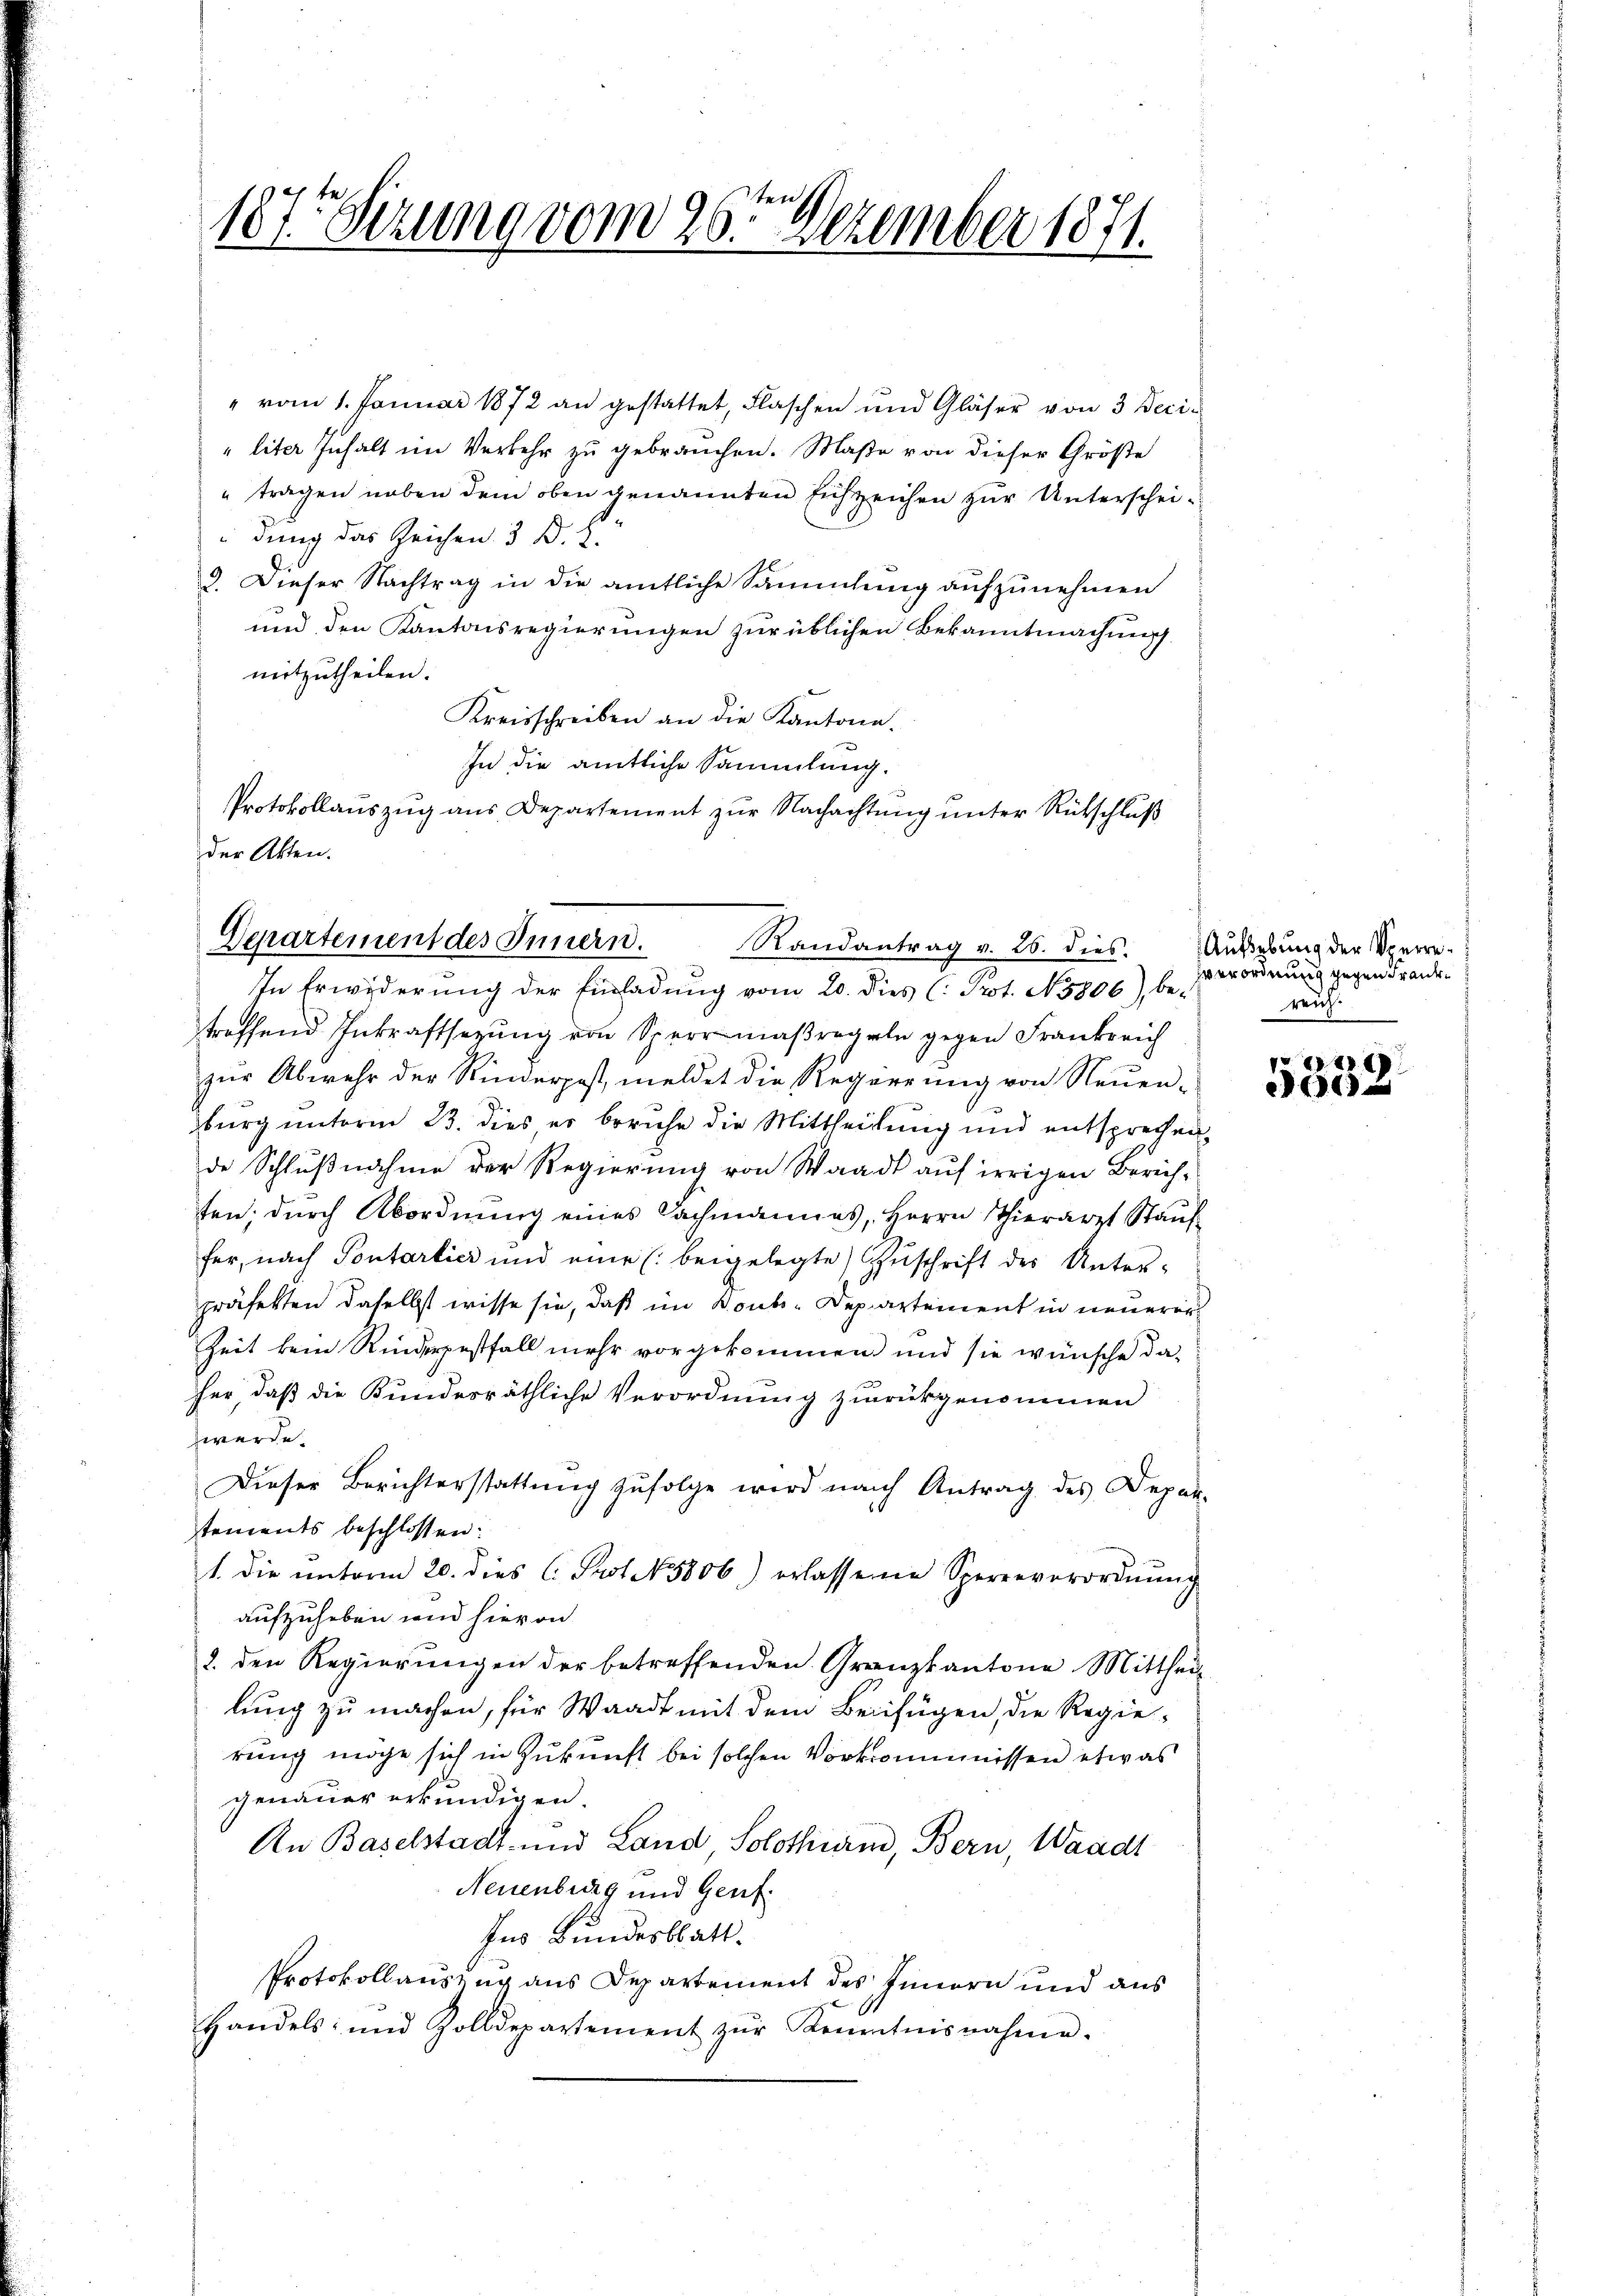
" vom 1. Januar 1872 an gestattet, Flaschen und Gläser von 3 Decis
"liter Inhalt im Verkehr zu gebrauchen. Maße von dieser Größe
" tragen neben dem oben genannten Eichzeichen zur Unterscheidung das Zeichen 3 D. R.
9. Dieser Nachtrag in die amtliche Sammlung aufzunehmen
und den Kantonsregierungen zur üblichen Bekanntmachung
mitzutheilen.
Kreisschreiben an die Kantone.
In die amtliche Sammlung.
Protokollaŭszŭg ans Departement zŭr Nachachtŭng ŭnter Rütschlŭβ
der Akten.

Departement des Innern.
Randantrag v. 26. dies.
In Erwiderung der Einladung vom 20. dies (: Prot. N. 5806), be-

nsch
187. Sezung vom 26. Dezember 1871.

treffend Inkraftsetzung von Sperrmaßregeln gegen Frankreich
zur Abwehr der Rinderpost, meldet die Regerrung von Neuen-
burg unterm 23. dies es beruhe die Mittheilung und entsprechen,
de Schlußnahme der Regierung von Waadt auf irrigen Zürichten; durch Abordnung eines Sachmannes, Herrn Thierarzt Stauf
fer, nach Pontartier und eine beigelegte Zuschrift des Unter-
präfekten daselbst wisse sie, daß im Boubs-Departement in neuerer
Zeit kein Rinderpestfall mehr vorgekommen und sie wünsche dafer, daß die Kundesräthliche Verordnung zurückgenommen
werde.
Dieser Berichterstattŭng zŭfolge wird nach Antrag des Depar-
tements beschlossen:
1. die ŭnterm 20. dies C. Prot. 5806) erlassene Sperreverordnŭng
aufzuheben und hievon
2. den Regierungen der betreffenden Granzkantone Mittheil
lung zu machen, für Waadt mit dem Beifügen, die Regierung möge sich in Zukunft bei solchen Vorkommnissen etwas
genauer erkundigen.
An Baselstadt- und Land, Solothurn, Bern, Waadt
Neuenburg und Genf.
Ins Bundesblatt.
Protokollausung aus Departement des Innern und aus
Handels- und Zolldepartement zŭr Kenntnisnahme.

Aufhebung der Sperreverordnung gegen Frankreich.

e
15